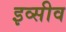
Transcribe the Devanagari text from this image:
इव्सीव